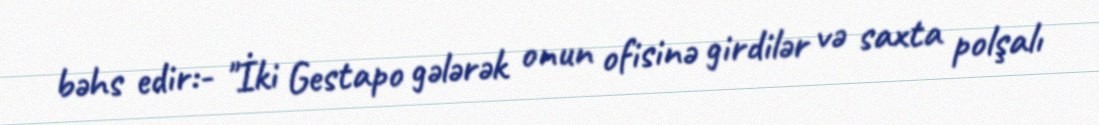
bəhs edir:- "İki Gestapo gələrək onun ofisinə girdilər və saxta polşalı